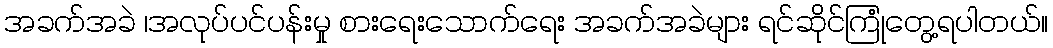
အခက်အခဲ ၊အလုပ်ပင်ပန်းမှု စားရေးသောက်ရေး အခက်အခဲများ ရင်ဆိုင်ကြုံတွေ့ရပါတယ်။